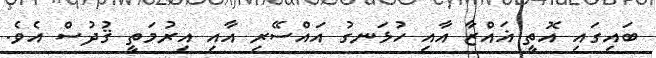
ބައިގައި އޮތީ ޣައްޒާ އާއި ހުޅަނގު އައްސޭރި އާއި އިރުމަތީ ޤުދުސް އެވެ.